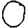
Digit: 0